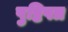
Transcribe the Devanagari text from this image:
पुष्टिपत्र